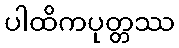
ပါထိကပုတ္တဿ